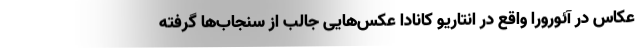
عکاس در آئورورا واقع در انتاریو کانادا عکس‌هایی جالب از سنجاب‌ها گرفته